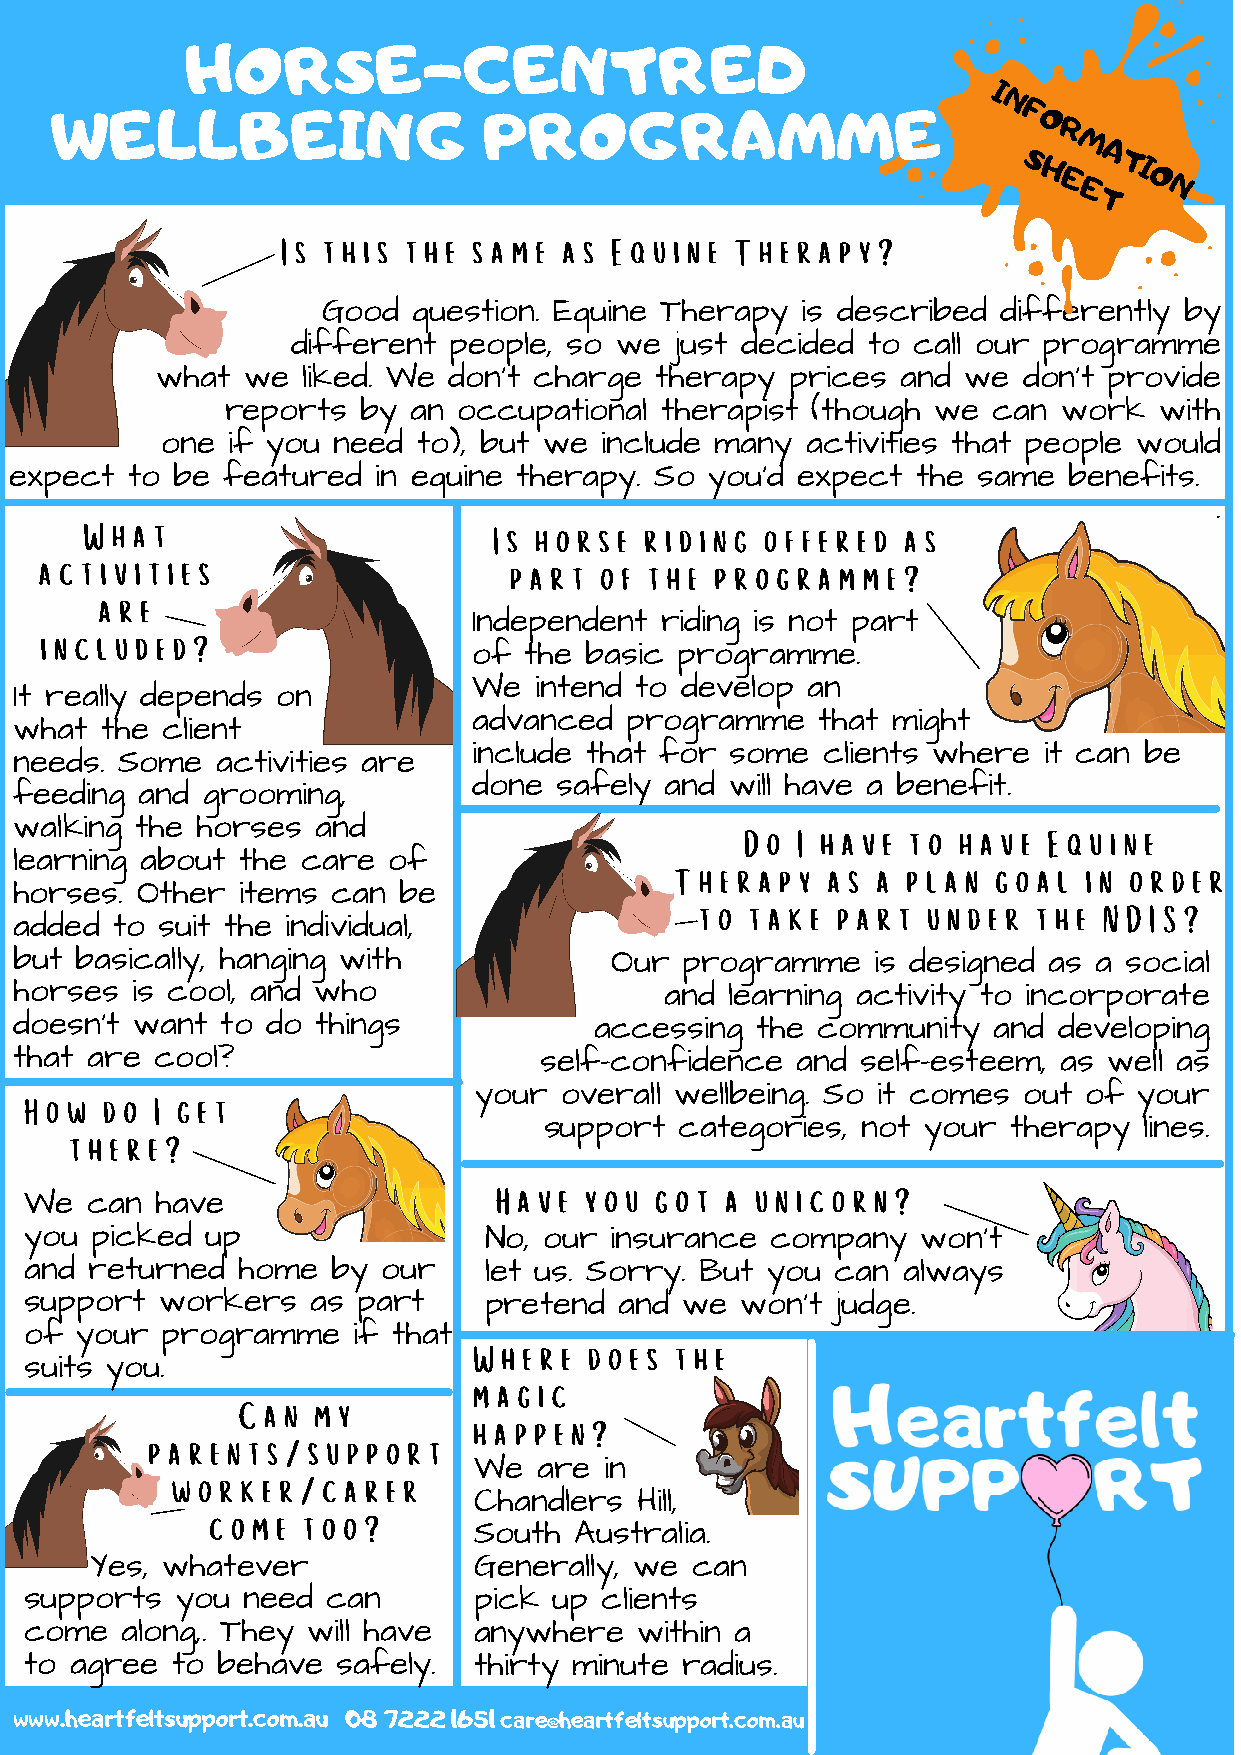
I
 HORSE-CENTRED                                         N
 F
 O
 R
 M
 A
 WELLBEING                    PROGRAMME                          S H    TI
 E     O
 E     N
 T
 Is this the same  as  Equine  Therapy?
 Good  question. Equine Therapy  is described differently by
 different  people, so we  just decided to call our programme
 what  we  liked. We don't charge therapy  prices  and we  don't provide
 reports  by an occupational  therapist (though we  can work   with
 one if you need  to), but we include many activities that people would
 expect to be  featured  in equine therapy. So you'd expect  the same  benefits.
 .
 What                       Is horse  riding  offered  as
 activities                     part  of the programme?
 are
 Independent  riding is not part
 included?
 of  the basic programme.
 We  intend to develop an
 It really depends on
 advanced  programme    that might
 what  the client
 include that for some  clients where  it can be
 needs. Some  activities are
 done  safely and will have a benefit.
 feeding and grooming,
 walking the horses  and                         Do  I have to  have Equine
 learning about the care  of
 Therapy   as a plan  goal  in order
 horses. Other  items can be
 to  take part  under   the NDIS?
 added to suit the individual,
 but basically, hanging with            Our  programme    is designed as a social
 horses  is cool, and who                   and learning activity to incorporate
 doesn't want  to do things            accessing  the community   and developing
 that are cool?                     self-confidence  and self-esteem, as well as
 How  do I get                your  overall wellbeing. So it comes out of your
 support  categories, not your  therapy  lines.
 there?
 Have  you got  a unicorn?
 We  can have
 you picked  up                No, our insurance  company   won't
 and returned  home  by our    let us. Sorry. But you can  always
 support  workers   as part    pretend  and we  won't judge.
 of your  programme   if that
 Where   does  the
 suits you.
 magic
 Can  my
 happen?
 parents/support
 We   are in
 worker/carer
 Chandlers  Hill,
 come  too?
 South  Australia.
 Yes, whatever            Generally, we  can
 supports  you need  can      pick  up clients
 come  along,. They will have anywhere   within a
 to agree to behave  safely.  thirty minute radius.
 www.heartfeltsupport.com.au 08 7222 1651 care@heartfeltsupport.com.au